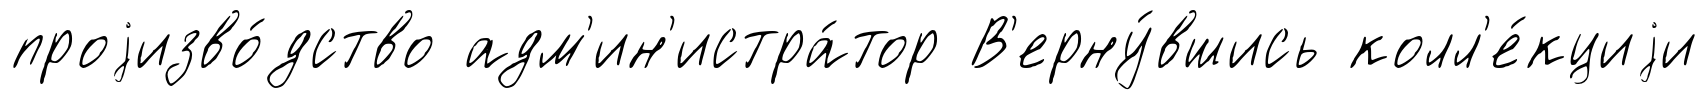
проjизво́дство адм'ин'истра́тор В'ерну́вшись колл'е́кциjи